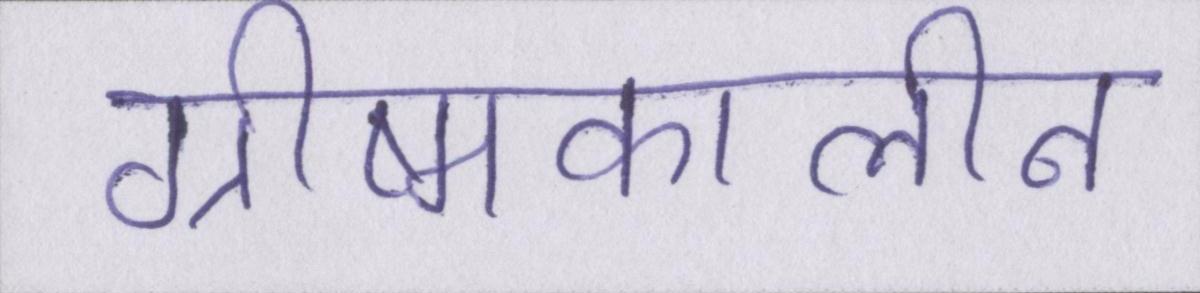
ग्रीष्मकालीन